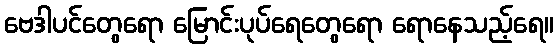
ဗေဒါပင်တွေရော မြောင်းပုပ်ရေတွေရော ရောနေသည့်ရေ။